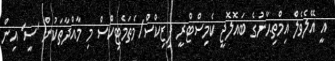
އީ އޭލެވެލް އިމްތިޙާނުގެ ބައޮލޮޖީ ކެމިސްޓްރީ ފިޒިކްސް/މެތަމެޓިކްސް މި މާއްދާތަކުން 'ސީ' އިން